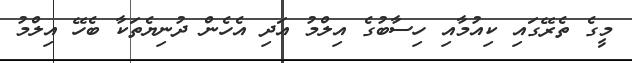
މީގެ ތެރޭގައި ކިއުމާއި ހިސާބުގެ އިލްމު އަދި އެހެން ދުނިޔެތަކާ ބެހޭ އިލްމު